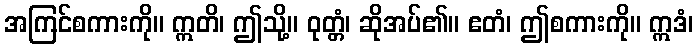
အကြင်စကားကို။ ဣတိ၊ ဤသို့။ ဝုတ္တံ၊ ဆိုအပ်၏။ ဧတံ၊ ဤစကားကို။ ဣဒံ၊